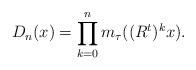
LaTeX: \begin{align*}D_n(x)=\prod_{k=0}^{n}m_\tau((R^{t})^{k}x).\end{align*}